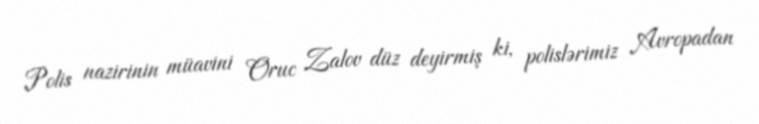
Polis nazirinin müavini Oruc Zalov düz deyirmiş ki, polislərimiz Avropadan